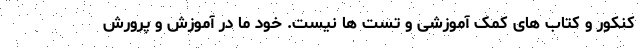
کنکور و کتاب های کمک آموزشی و تست ها نیست. خود ما در آموزش و پرورش